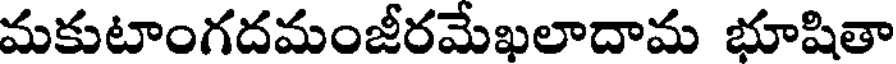
మకుటాంగదమంజీరమేఖలాదామ భూషితా